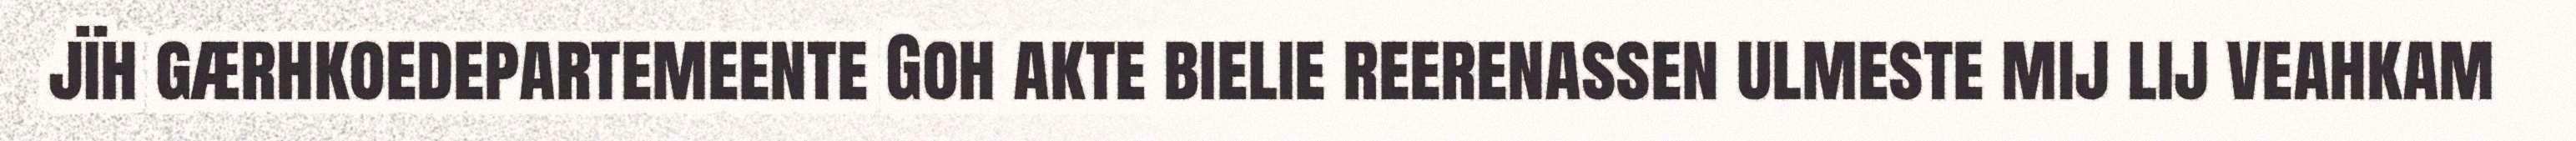
jïh gærhkoedepartemeente Goh akte bielie reerenassen ulmeste mij lij veahkam